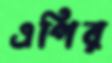
এপির